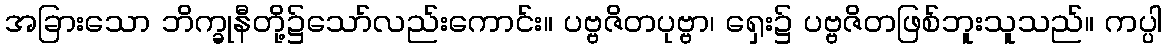
အခြားသော ဘိက္ခုနီတို့၌သော်လည်းကောင်း။ ပဗ္ဗဇိတပုဗ္ဗာ၊ ရှေး၌ ပဗ္ဗဇိတဖြစ်ဘူးသူသည်။ ကပ္ပါ